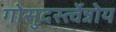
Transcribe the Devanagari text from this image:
गोसुदर्स्त्वेन्नोय